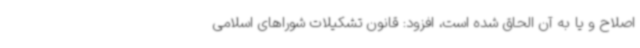
اصلاح و یا به آن الحاق شده است، افزود: قانون تشکیلات شوراهای اسلامی